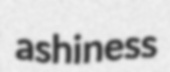
ashiness